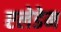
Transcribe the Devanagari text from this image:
एलेडेम